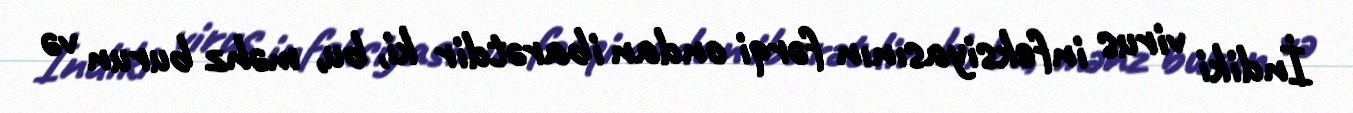
İndiki virus infeksiyasının fərqi ondan ibarətdir ki, bu, məhz burun və